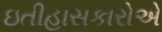
ઇતીહાસકારોએ